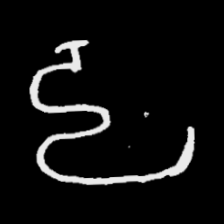
Pyu character \u2014 Myanmar letter: ဠ (romanized: lla)